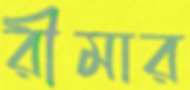
রীমার